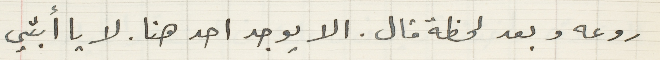
روعه وبعد لحظة قال: الا يوجد احد هنا. لا يا أبتي